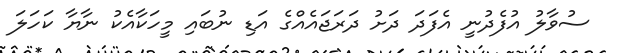
ސުވާލު އުފެދުނީ އެފަދަ ދަށު ދަރަޖައެއްގެ އަޑި ނުބައި މީހަކާއެކު ނާޔާ ކަހަލަ